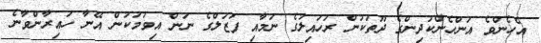
އެހެންވެ އަންހެންކުދިންގެ ދޫތަކުން ރުހައިލުގެ ނަމާއި ފަޒަލްގެ ނަން އިވުމަކުން އޭނާ ހައިރާންވާނެ